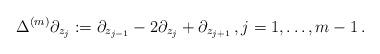
LaTeX: \begin{align*} \Delta^{(m)} \partial_{z_j} := \partial_{z_{j-1}} -2 \partial_{z_j} + \partial_{z_{j+1}} \,, j = 1,\ldots,m-1 \,.\end{align*}